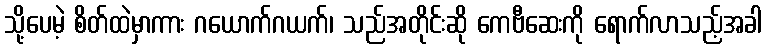
သို့ပေမဲ့ စိတ်ထဲမှာကား ဂယောက်ဂယက်၊ သည်အတိုင်းဆို ကေဗီဆေးကို ရောက်လာသည့်အခါ